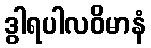
ဒွါရပါလဝိမာနံ